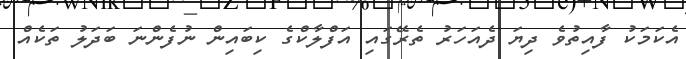
އެކަމަކު ފާއިތުވެ ދިޔަ ދެއަހަރު ތެރޭގައި އަފްލާކްގެ ކިބައިން ނުފެންނަ ބަދަލު ތަކެއް